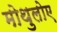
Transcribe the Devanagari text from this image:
मोथुलोए